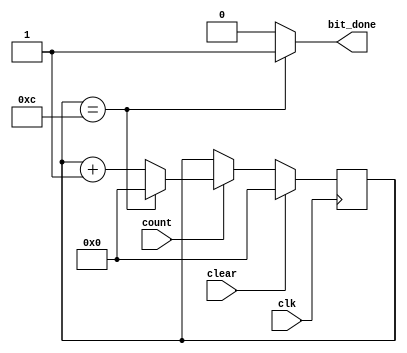
module bit_counter (input clk,input clear, input count, output reg bit_done);
//bit counter with clk, clear, count inputs 
//a bit_done signal as output

//assign the variables to hold the present count values and next values
reg [4:0] p_cnt, n_cnt;

//Set the parameter total 11 bits to count to
parameter no_bit=12;

//The sequential code to synthesise the latches
always @(posedge clk)
	begin
		if (clear)
			//clear
			p_cnt <=5'b0;	
		else
			p_cnt <= n_cnt;
	end
 
 //The combinational code to perform the bit counter it required
always @ (p_cnt, count)  
	begin
		//specify the defaults
		bit_done = 1'b0;
		n_cnt = p_cnt;
		
		//if it counts 11, the bit_done signal will be generated
		if (p_cnt == no_bit)
			bit_done = 1'b1;
		if(count)
			begin
				if(p_cnt == no_bit)
					begin
						//the bit_done signal has been generated then clear
						n_cnt = 1'b0;
					end
				else
					begin
						//count
						n_cnt = p_cnt+1'b1;
					end
			end
	end
endmodule